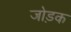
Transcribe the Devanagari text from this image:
जोड़क